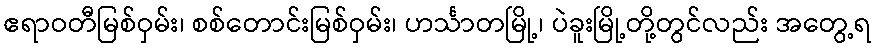
ဧရာဝတီမြစ်ဝှမ်း၊ စစ်တောင်းမြစ်ဝှမ်း၊ ဟင်္သာတမြို့၊ ပဲခူးမြို့တို့တွင်လည်း အတွေ့ရ